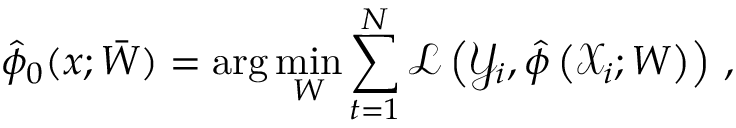
\hat { \phi } _ { 0 } ( x ; \bar { W } ) = \arg \operatorname* { m i n } _ { W } \sum _ { t = 1 } ^ { N } \mathcal { L } \left( \mathcal { Y } _ { i } , \hat { \phi } \left( \mathcal { X } _ { i } ; W \right) \right) \, ,